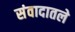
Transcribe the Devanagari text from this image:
संवादातले